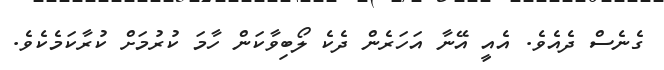
ގެނެސް ދެއެވެ. އެއީ އޭނާ އަހަރެން ދެކެ ލޯބިވާކަން ހާމަ ކުރުމަށް ކުރާކަމެކެވެ.